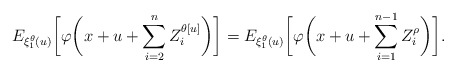
\begin{align*}E_{\xi_1^\theta(u)}\biggl[\varphi\biggl(x+u+\sum_{i=2}^{n} Z_i^{\theta[u]}\biggr)\biggr]=E_{\xi_1^\theta(u)}\biggl[\varphi\biggl(x+u+\sum_{i=1}^{n-1} Z_i^{\rho}\biggr)\biggr].\end{align*}